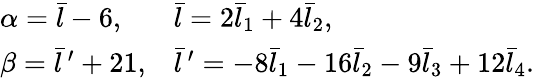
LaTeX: \begin{array}{ll}{{\alpha=\bar{l}-6,}}&{{\bar{l}=2\bar{l}_{1}+4\bar{l}_{2},}}\\ {{\beta=\bar{l}\, ^{\prime}+21,}}&{{\bar{l}\, ^{\prime}=-8\bar{l}_{1}-16\bar{l}_{2}-9\bar{l}_{3}+12\bar{l}_{4}.}}\end{array}